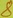
Text: 8